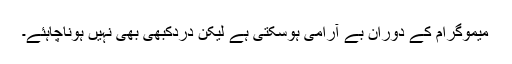
میموگرام کے دوران بے آرامی ہوسکتی ہے لیکن دردکبھی بھی نہیں ہوناچاہئے۔